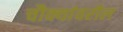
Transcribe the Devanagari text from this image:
चौक्यांवरील